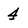
Character: 4